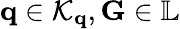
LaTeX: \mathbf{q}\in\mathcal{K}_{\mathbf{q}},\mathbf{G}\in\mathbb{L}